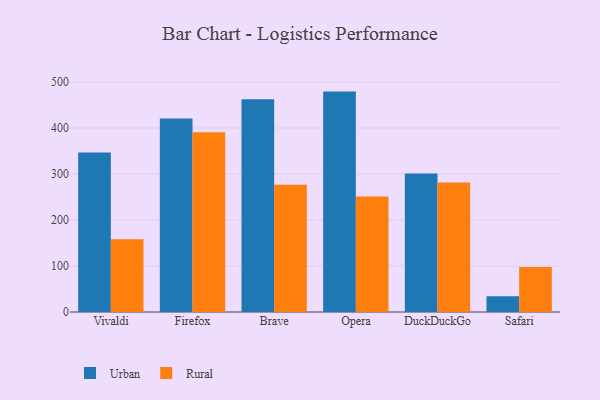
{"axis": {"x": "Browser", "y": "Inventory Turnover"}, "legend": ["Rural", "Urban"], "data": [{"x": "Vivaldi", "y": 346.8, "type": "Urban"}, {"x": "Vivaldi", "y": 158.2, "type": "Rural"}, {"x": "Firefox", "y": 420.7, "type": "Urban"}, {"x": "Firefox", "y": 391.1, "type": "Rural"}, {"x": "Brave", "y": 462.6, "type": "Urban"}, {"x": "Brave", "y": 276.5, "type": "Rural"}, {"x": "Opera", "y": 479.3, "type": "Urban"}, {"x": "Opera", "y": 251.1, "type": "Rural"}, {"x": "DuckDuckGo", "y": 301.3, "type": "Urban"}, {"x": "DuckDuckGo", "y": 281.4, "type": "Rural"}, {"x": "Safari", "y": 34.5, "type": "Urban"}, {"x": "Safari", "y": 97.8, "type": "Rural"}]}